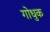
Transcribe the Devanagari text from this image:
गोधुक